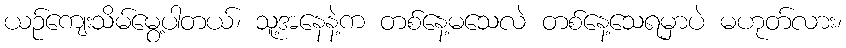
ယဉ်ကျေးသိမ်မွေ့ပါတယ်၊ သူ့အနေနဲ့က တစ်နေ့မသေလဲ တစ်နေ့သေရမှာပဲ မဟုတ်လား၊